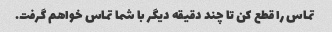
تماس را قطع کن تا چند دقیقه دیگر با شما تماس خواهم گرفت.